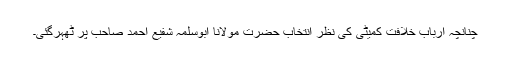
چنانچہ اربابِ خلافت کمیٹی کی نظر انتخاب حضرت مولانا ابوسلمہ شفیع احمد صاحب پر ٹھہرگئی۔